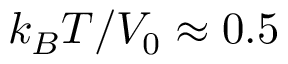
k _ { B } T / V _ { 0 } \approx 0 . 5